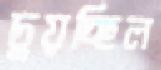
চুয়চ্ছিল